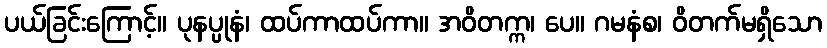
ပယ်ခြင်းကြောင့်။ ပုနပ္ပုနံ၊ ထပ်ကာထပ်ကာ။ အဝိတက္က၊ ပေ။ ဂမနံစ၊ ဝိတက်မရှိသော